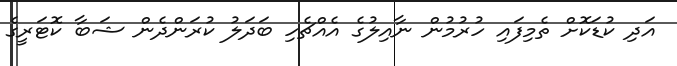
އަދި ކުޑަކޮށް ތެމިފައި ހުރުމުން ނާއިލުގެ އެއްޗެހި ބަދަލު ކުރަންދެން ޝަބާ ކޮޓަރީގެ